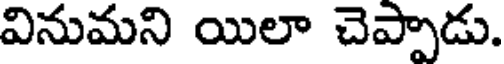
వినుమని యిలా చెప్పాడు.